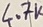
Text: 4.7K